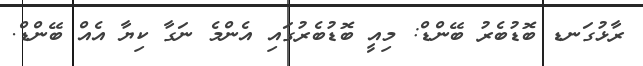
ރާޅުގަނޑ ބޮޑުބެރު ބޭންޑް: މިއީ ބޮޑުބެރުގައި އެންމެ ނަގާ ކިޔާ އެއް ބޭންޑް.